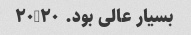
بسیار عالی بود. ۲۰/۲۰